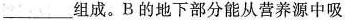
_____组成。B的地下部分能从营养源中吸